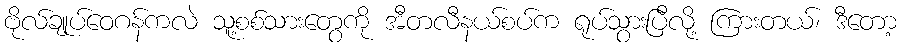
ဗိုလ်ချုပ်ဝေဂန်ကလဲ သူ့စစ်သားတွေကို အီတလီနယ်စပ်က ရုပ်သွားပြီလို့ ကြားတယ်၊ ဒီတော့